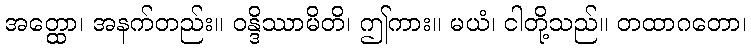
အတ္ထော၊ အနက်တည်း။ ဝန္ဒိဿာမိတိ၊ ဤကား။ မယံ၊ ငါတို့သည်။ တထာဂတော၊